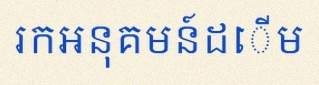
រកអនុគមន៍ដើម